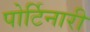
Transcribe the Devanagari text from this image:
पोर्टिनारी